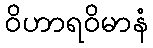
ဝိဟာရဝိမာနံ